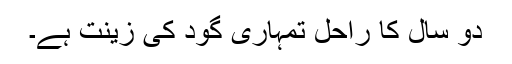
دو سال کا راحل تمہاری گود کی زینت ہے۔